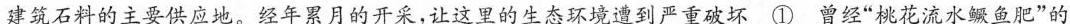
\underline{建筑石料的主要供应地。} 经年累月的开采，让这里的生态环境遭到严重破坏\underline{①}曾经”桃花流水鳜鱼肥”的